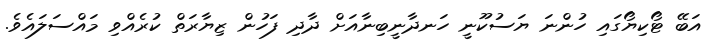
އަބޭ ޓޯކިޔޯގައި ހުންނަ ޔަސުކޫނީ ހަނދާނީބިނާއަށް ދާދި ފަހުން ޒިޔާރަތް ކުރެއްވި މައްސަލައެވެ.